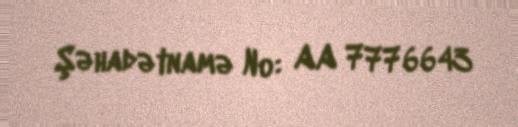
Şəhadətnamə №: AA 7776643